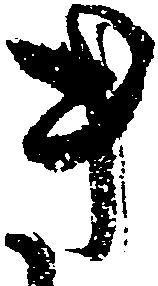
き